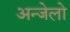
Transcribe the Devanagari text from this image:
अन्जेलो